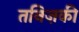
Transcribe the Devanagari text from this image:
तनिज़की